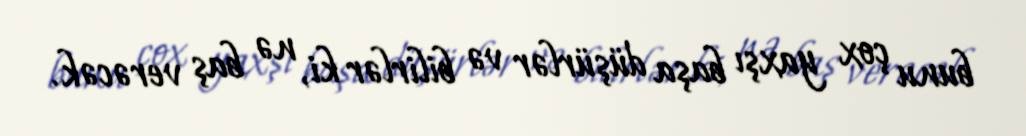
bunu çox yaxşı başa düşürlər və bilirlər ki, nə baş verəcək.